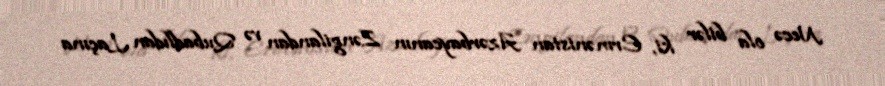
Necə ola bilər ki, Ermənistan Azərbaycanın Zəngilandan və Qubadlıdan Laçına